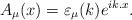
LaTeX: \begin{align*}A_\mu(x) = \varepsilon_\mu (k) e^{ik.x}.\end{align*}